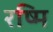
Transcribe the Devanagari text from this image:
रष्मि